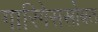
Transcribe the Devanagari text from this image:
गारिगेससोबत